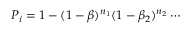
P _ { i } = 1 - ( 1 - \beta ) ^ { n _ { 1 } } ( 1 - \beta _ { 2 } ) ^ { n _ { 2 } } \cdots